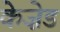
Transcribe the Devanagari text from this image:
केज़ेड